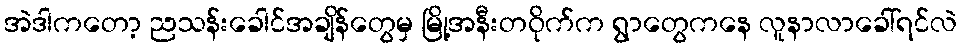
အဲဒါကတော့ ညသန်းခေါင်အချိန်တွေမှ မြို့အနီးတဝိုက်က ရွာတွေကနေ လူနာလာခေါ်ရင်လဲ